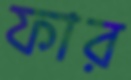
ফার